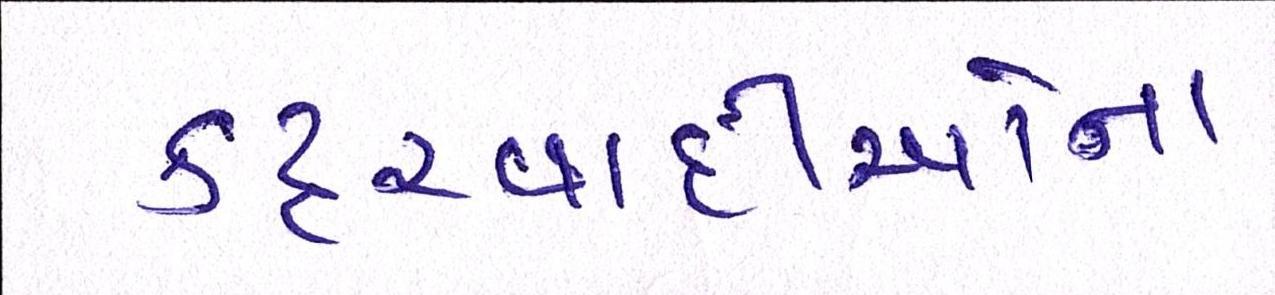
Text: કટ્ટરવાદીઓના